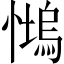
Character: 𱟒